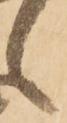
候